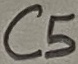
Text: C5